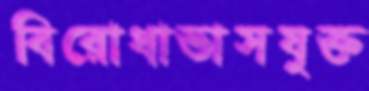
বিরোধাভাসযুক্ত